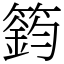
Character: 𥳾